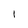
Character: 1